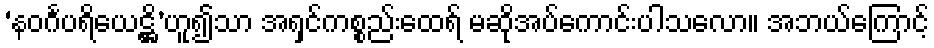
‘နဝင်္ဂပရိယေဋ္ဌိ’ဟူ၍သာ အရှင်ကစ္စည်းထေရ် မဆိုအပ်ကောင်းပါသလော။ အဘယ်ကြောင့်